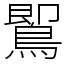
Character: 𪃹